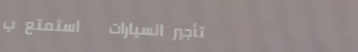
تأجير السيارات   استمتع ب